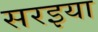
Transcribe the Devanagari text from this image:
सरइया